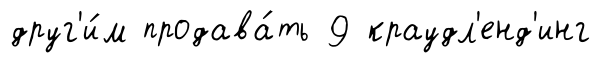
друг'и́м продава́ть 9 краудл'енд'инг